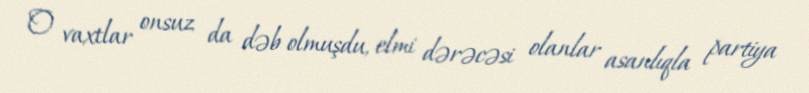
O vaxtlar onsuz da dəb olmuşdu, elmi dərəcəsi olanlar asanlıqla partiya